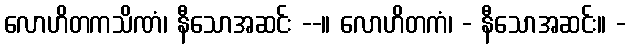
လောဟိတကသိဏံ၊ နီသောအဆင်း --။ လောဟိတကံ၊ - နီသောအဆင်း။ -